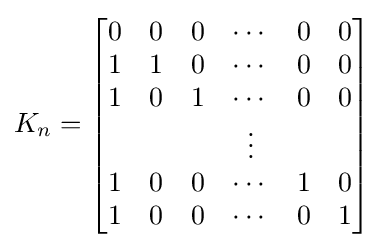
K_{n}={\begin{bmatrix}0&0&0&\cdots &0&0\\1&1&0&\cdots &0&0\\1&0&1&\cdots &0&0\\&&&\vdots &&\\1&0&0&\cdots &1&0\\1&0&0&\cdots &0&1\end{bmatrix}}